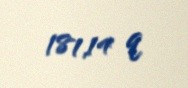
181,14 q